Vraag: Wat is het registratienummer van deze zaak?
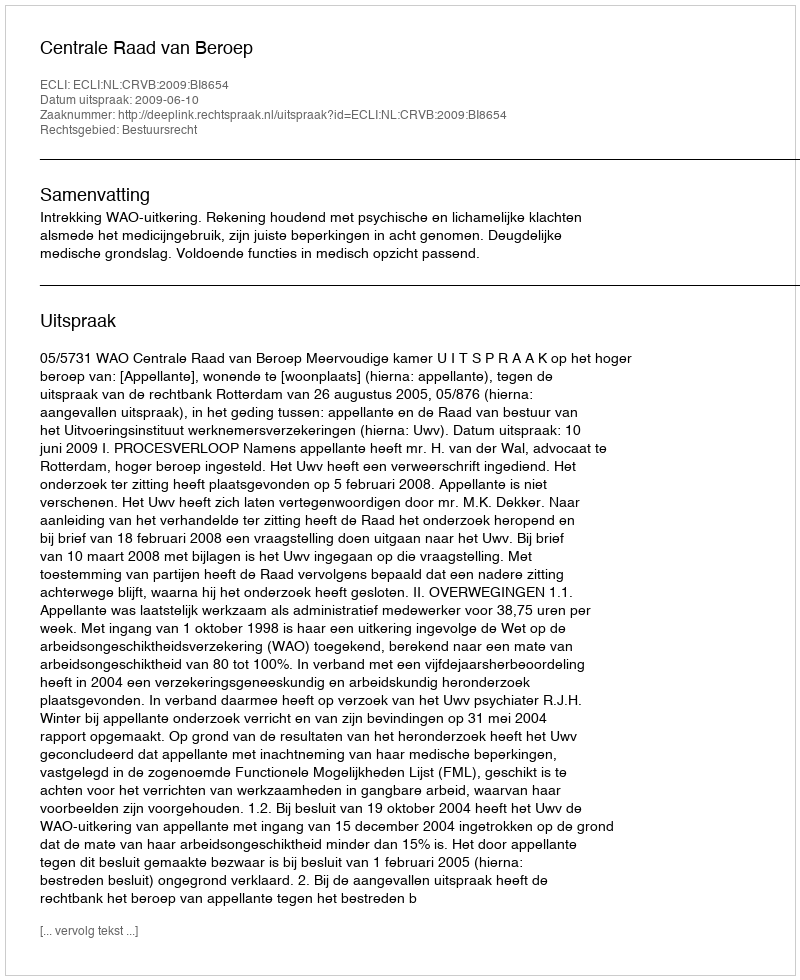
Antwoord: http://deeplink.rechtspraak.nl/uitspraak?id=ECLI:NL:CRVB:2009:BI8654